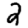
Digit: 2